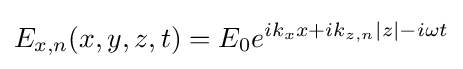
E_{x,n}(x,y,z,t)=E_{0}e^{ik_{x}x+ik_{z,n}|z|-i\omega t}